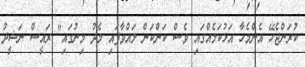
ކުރަންޖެހޭ އެންމެހާ އަޅުކަމެއްގައި ވެސް ކަންކަން ލައްވާފައި މެދު މިނުގައި" ރައީސް ނަޝީދު